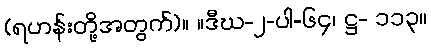
(ရဟန်းတို့အတွက်)။ ။ဒီဃ-၂-ပါ-၆၄၊ ဋ္ဌ- ၁၁၃။